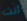
أنت